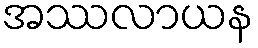
အဿလာယန